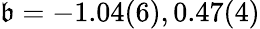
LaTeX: \mathfrak{b}=-1.04(6),0.47(4)